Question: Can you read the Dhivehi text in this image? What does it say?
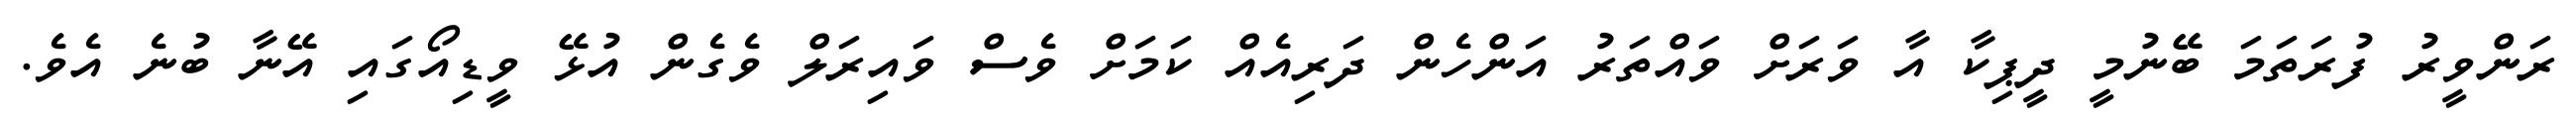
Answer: ރަންވީރު ފުރަތަމަ ބޭނުމީ ދީޕިކާ އާ ވަރަށް ވައްތަރު އަންހެން ދަރިއެއް ކަމަށް ވެސް ވައިރަލް ވެގެން އުޅޭ ވީޑިއޯގައި އޭނާ ބުނެ އެވެ.